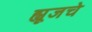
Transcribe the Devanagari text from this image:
ह्यूजचे